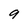
Character: 9